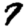
Digit: 7